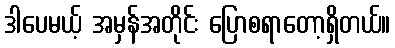
ဒါပေမယ့် အမှန်အတိုင်း ပြောစရာတော့ရှိတယ်။